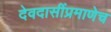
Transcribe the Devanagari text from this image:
देवदासींप्रमाणेच